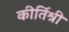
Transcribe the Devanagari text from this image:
कीर्तिश्री